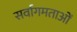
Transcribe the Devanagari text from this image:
सर्वागमताओं